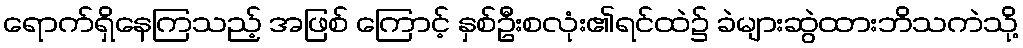
ရောက်ရှိနေကြသည့် အဖြစ် ကြောင့် နှစ်ဦးစလုံး၏ရင်ထဲ၌ ခဲများဆွဲထားဘိသကဲသို့